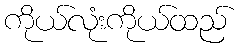
ကိုယ်လုံးကိုယ်ထည်